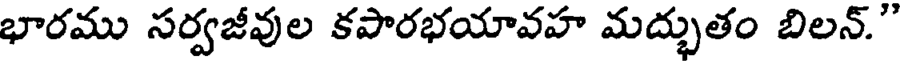
భారము సర్వజీవుల కపారభయావహ మద్భుతం బిలన్."